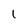
Character: 1